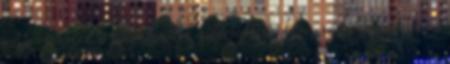
jog fenntartva a következőkre kiterjedően: film, rádió és televízió,